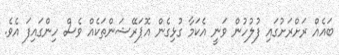
ބައެއް ރަށްރަށުގައި ފުލުހުން ވަނީ އެކަމާ ގުޅިގެން އޮޕަރޭޝަންތަކެއް ވެސް ހިންގައިފަ އެވެ.